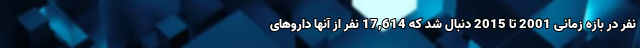
نفر در بازه زمانی 2001 تا 2015 دنبال شد که 17,614 نفر از آنها داروهای